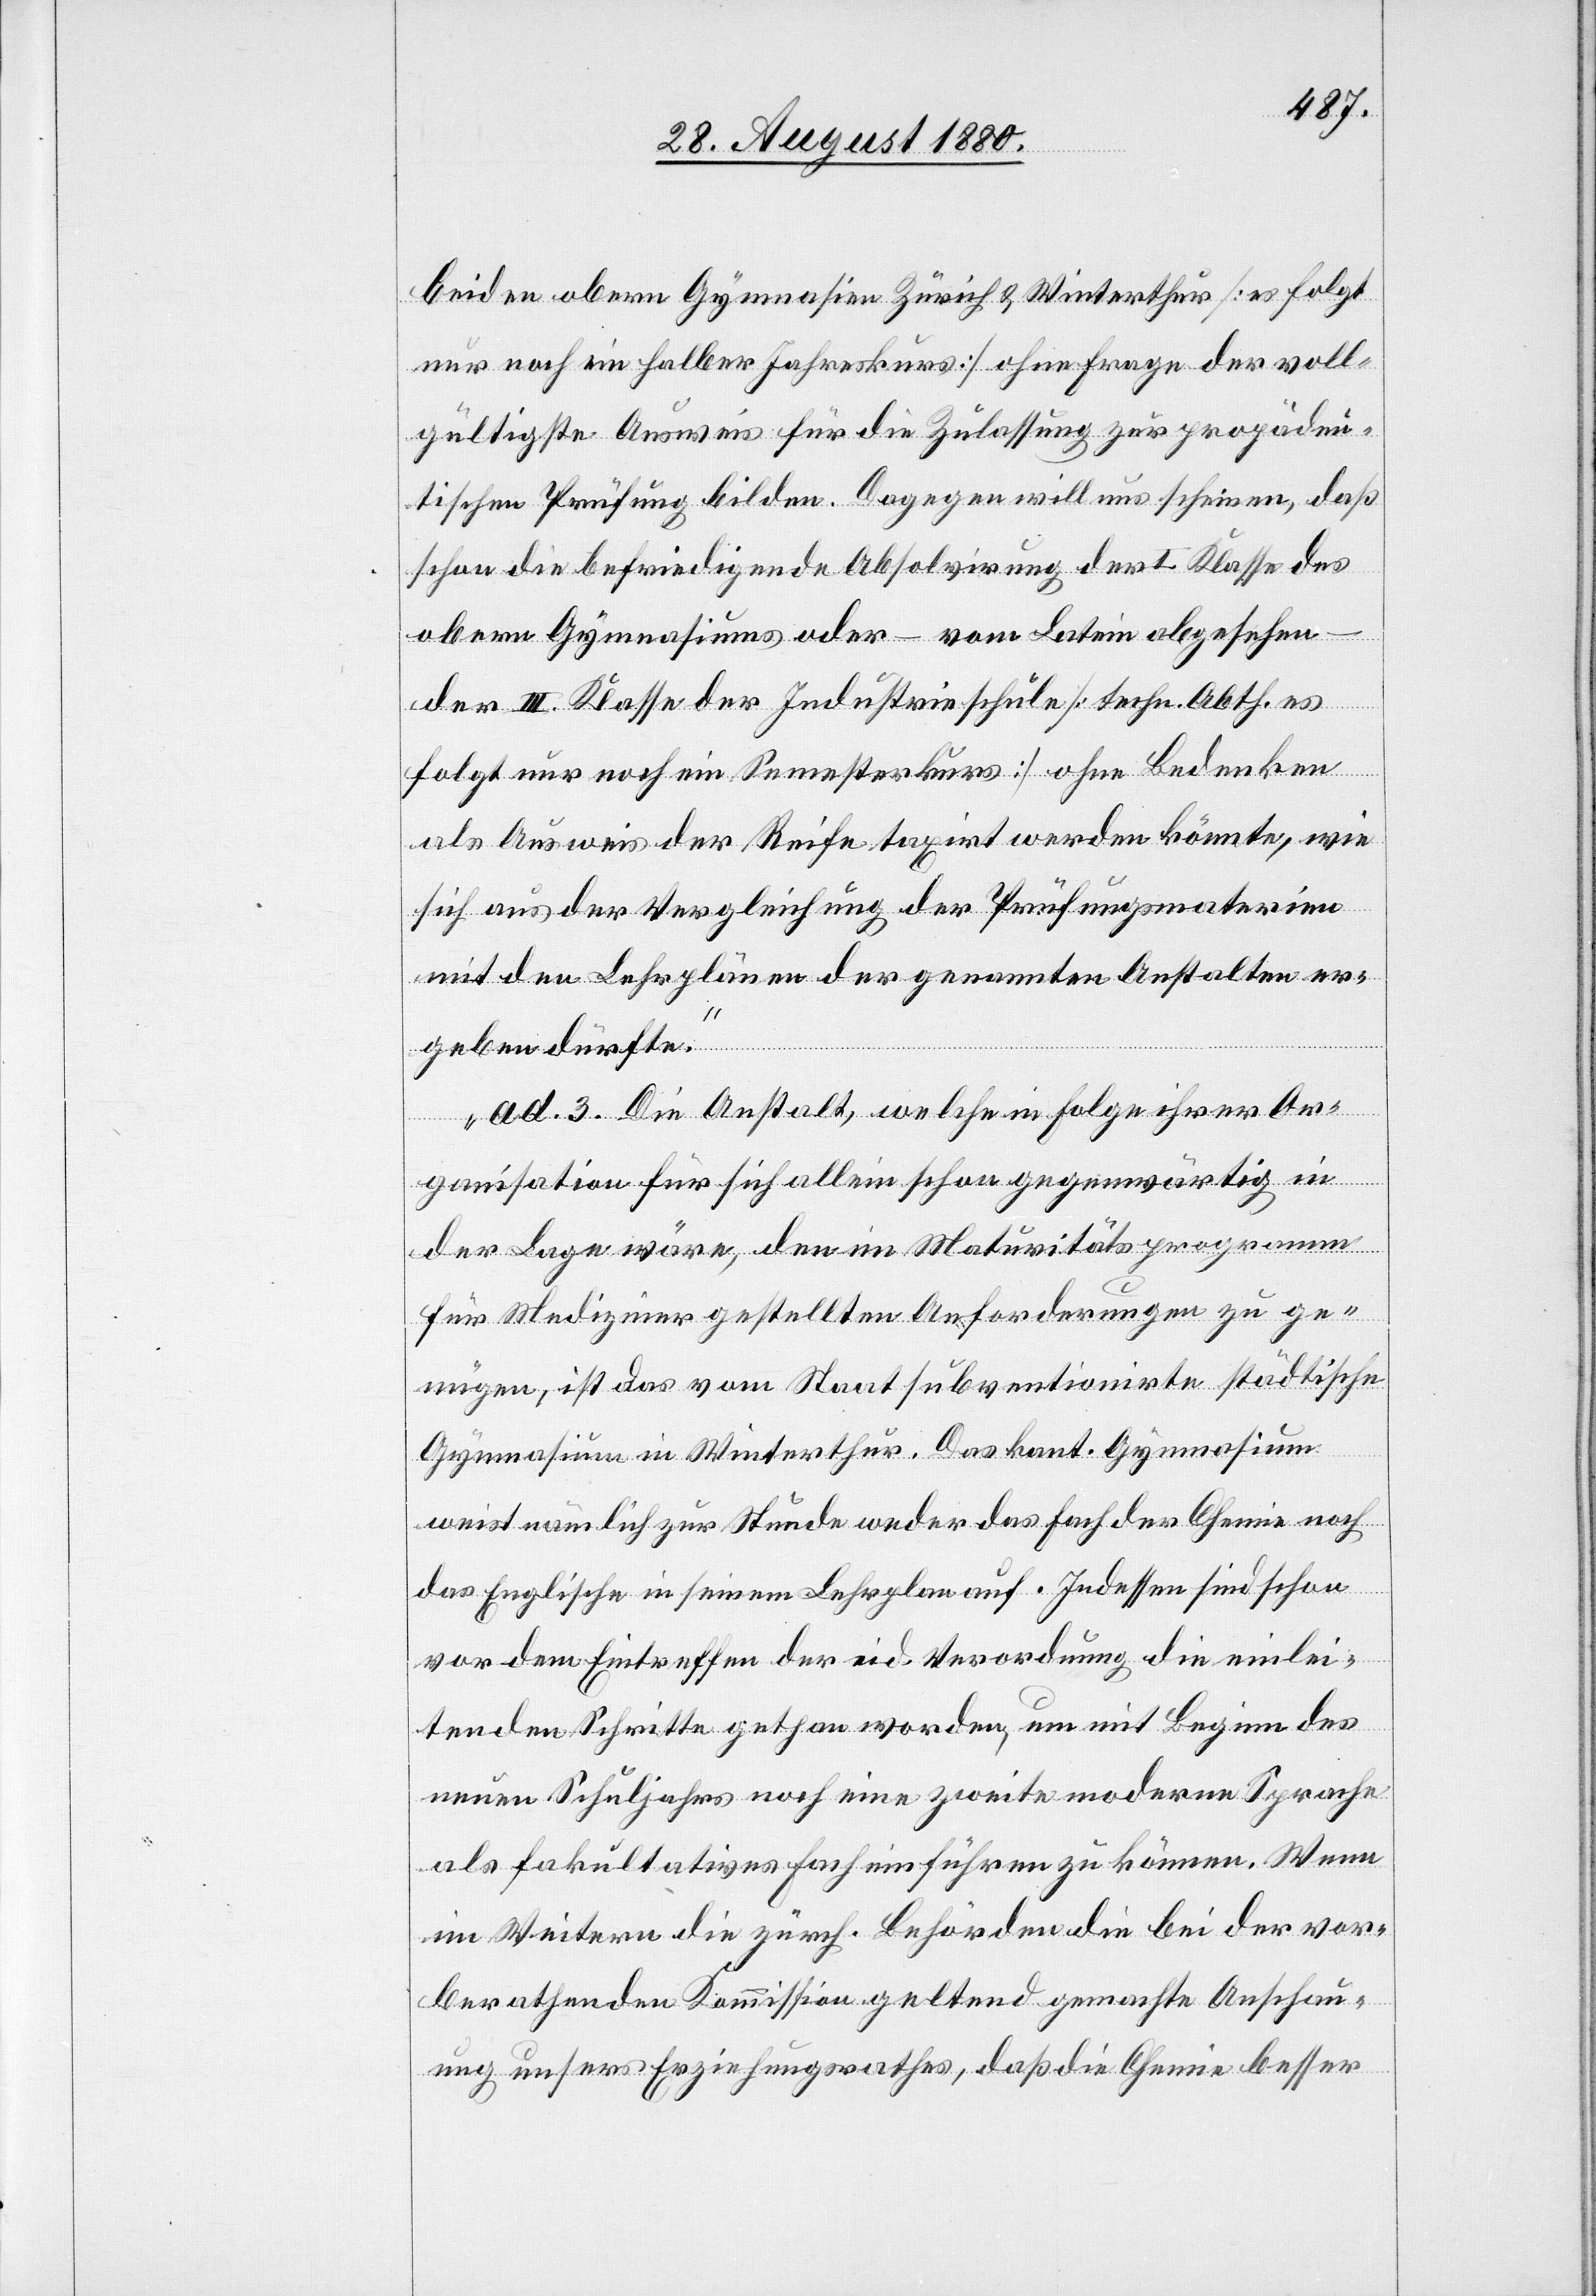
beiden obern Gymnasien Zürich & Winterthur [es folgt
nur noch ein halber Jahreskurs] ohne Frage der voll¬
gültigste Ausweis für die Zulassung zur propädeu¬
tischen Prüfung bilden. Dagegen will uns scheinen, daß
schon die befriedigende Absolvirung der I. Klasse des
obern Gymnasiums oder – vom Latein abgesehen
der III. Klasse der Industrieschule [techn. Abth. es
folgt nur noch ein Semesterkurs] ohne Bedenken
als Ausweis der Reife taxirt werden könnte, wie
sich aus der Vergleichung der Prüfungsmaterien
mit den Lehrplänen der genannten Anstalten er¬
geben dürfte.
ad. 3. Die Anstalt, welche in Folge ihrer Or¬
ganisation für sich allein schon gegenwärtig in
der Lage wäre, den im Maturitätsprogramm
für Mediziner gestellten Anforderungen zu ge¬
nügen, ist das vom Staat subventionirte städtische
Gymnasium in Winterthur. Das kant. Gymnasium
weist nämlich zur Stunde weder das Fach der Chemie noch
das Englische in seinem Lehrplan auf. Indessen sind schon
vor dem Eintreffen der eid. Verordnung die einlei¬
tenden Schritte gethan worden, um mit Beginn des
neuen Schuljahres noch eine zweite moderne Sprache
als fakultatives Fach einführen zu können. Wenn
im Weitern die zürch. Behörde die bei der vor¬
berathenden Kommission geltend gemachte Anschau¬
ung unsers Erziehungsrathes, daß die Chemie besser